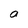
Character: a